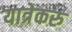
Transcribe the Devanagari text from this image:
यात्रेकरु